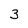
Character: 3